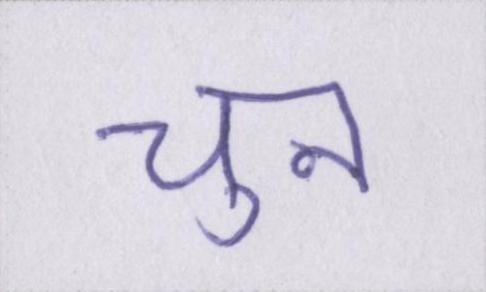
चुन